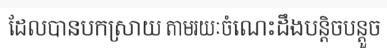
ដែលបានបកស្រាយ តាមរយៈចំណេះដឹងបន្តិចបន្តួច